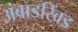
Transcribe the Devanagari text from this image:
अंबाडखिंड